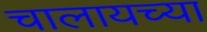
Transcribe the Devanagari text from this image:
चालायच्या